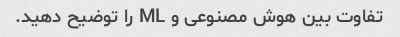
تفاوت بین هوش مصنوعی و ML را توضیح دهید.